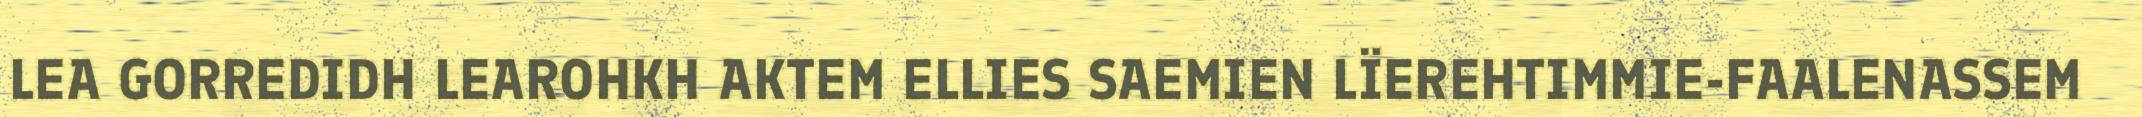
LEA GORREDIDH LEAROHKH AKTEM ELLIES SAEMIEN LÏEREHTIMMIE-FAALENASSEM